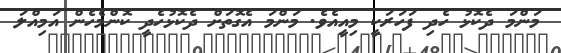
މަންމަ ދެކޮޅު ހެދި ފަހަރަކީ މިއީއެވެ. މަންމަ އެގޮތަށް ދެކޮޅުހެދީ ކޮންމެހެން އަމިއްލަ